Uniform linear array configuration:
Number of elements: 4
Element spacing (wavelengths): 0.75
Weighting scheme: blackman
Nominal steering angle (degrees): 60
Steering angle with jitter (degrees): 61.779
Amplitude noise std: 0.05
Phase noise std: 0.05

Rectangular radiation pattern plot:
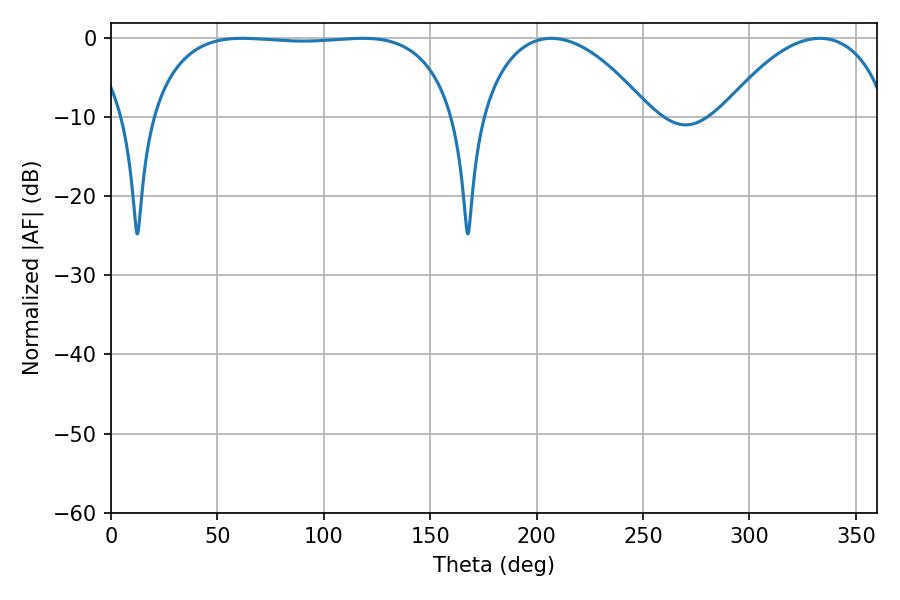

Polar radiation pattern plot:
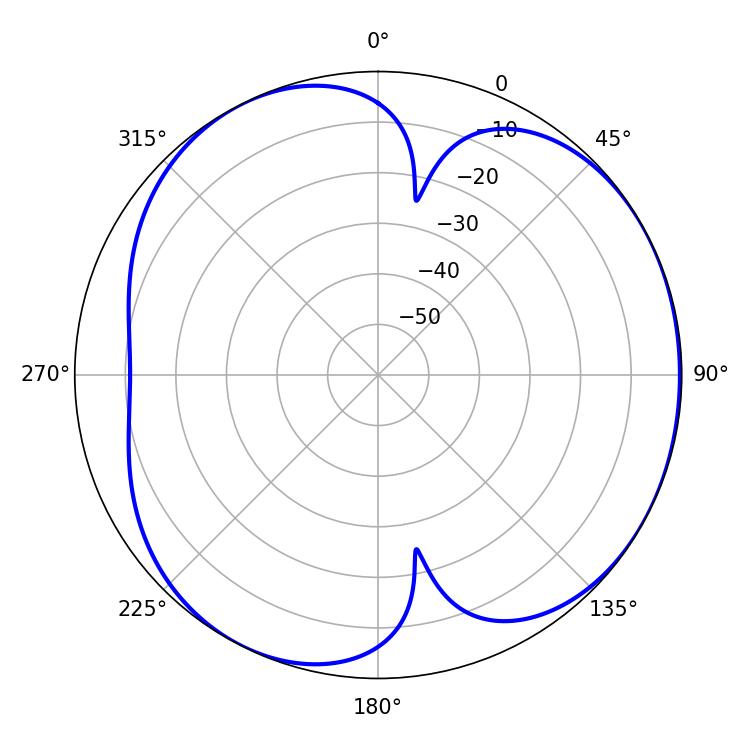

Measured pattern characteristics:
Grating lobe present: TRUE
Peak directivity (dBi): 4.285
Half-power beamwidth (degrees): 113.4
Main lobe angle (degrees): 61.74